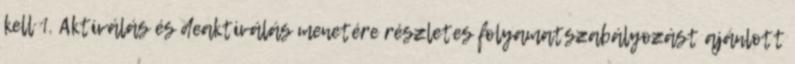
kell 1. Aktiválás és deaktiválás menetére részletes folyamatszabályozást ajánlott